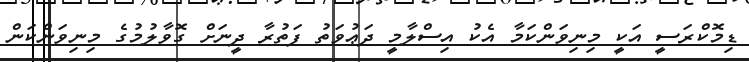
ޑިމޮކްރަސީ އަކީ މިނިވަންކަމާ އެކު އިސްލާމީ ދަޢުވަތު ފަތުރާ ދީނަށް ގޮވާލުމުގެ މިނިވަންކަން